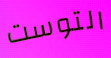
التوست